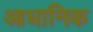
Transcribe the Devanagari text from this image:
आधानिक